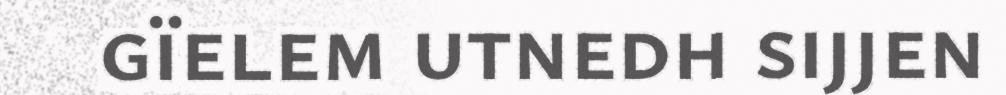
gïelem utnedh sijjen